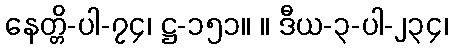
နေတ္တိ-ပါ-၇၄၊ ဋ္ဌ-၁၅၁။ ။ ဒီယ-၃-ပါ-၂၃၄၊